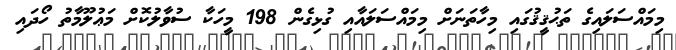
މިމައްސަލައިގެ ތަޙުޤީޤުގައި މިހާތަނަށް މިމައްސަލައާއި ގުޅިގެން 198 މީހަކާ ސުވާލުކޮށް މަޢުލޫމާތު ހޯދައި